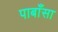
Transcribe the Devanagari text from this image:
पाबाँसा